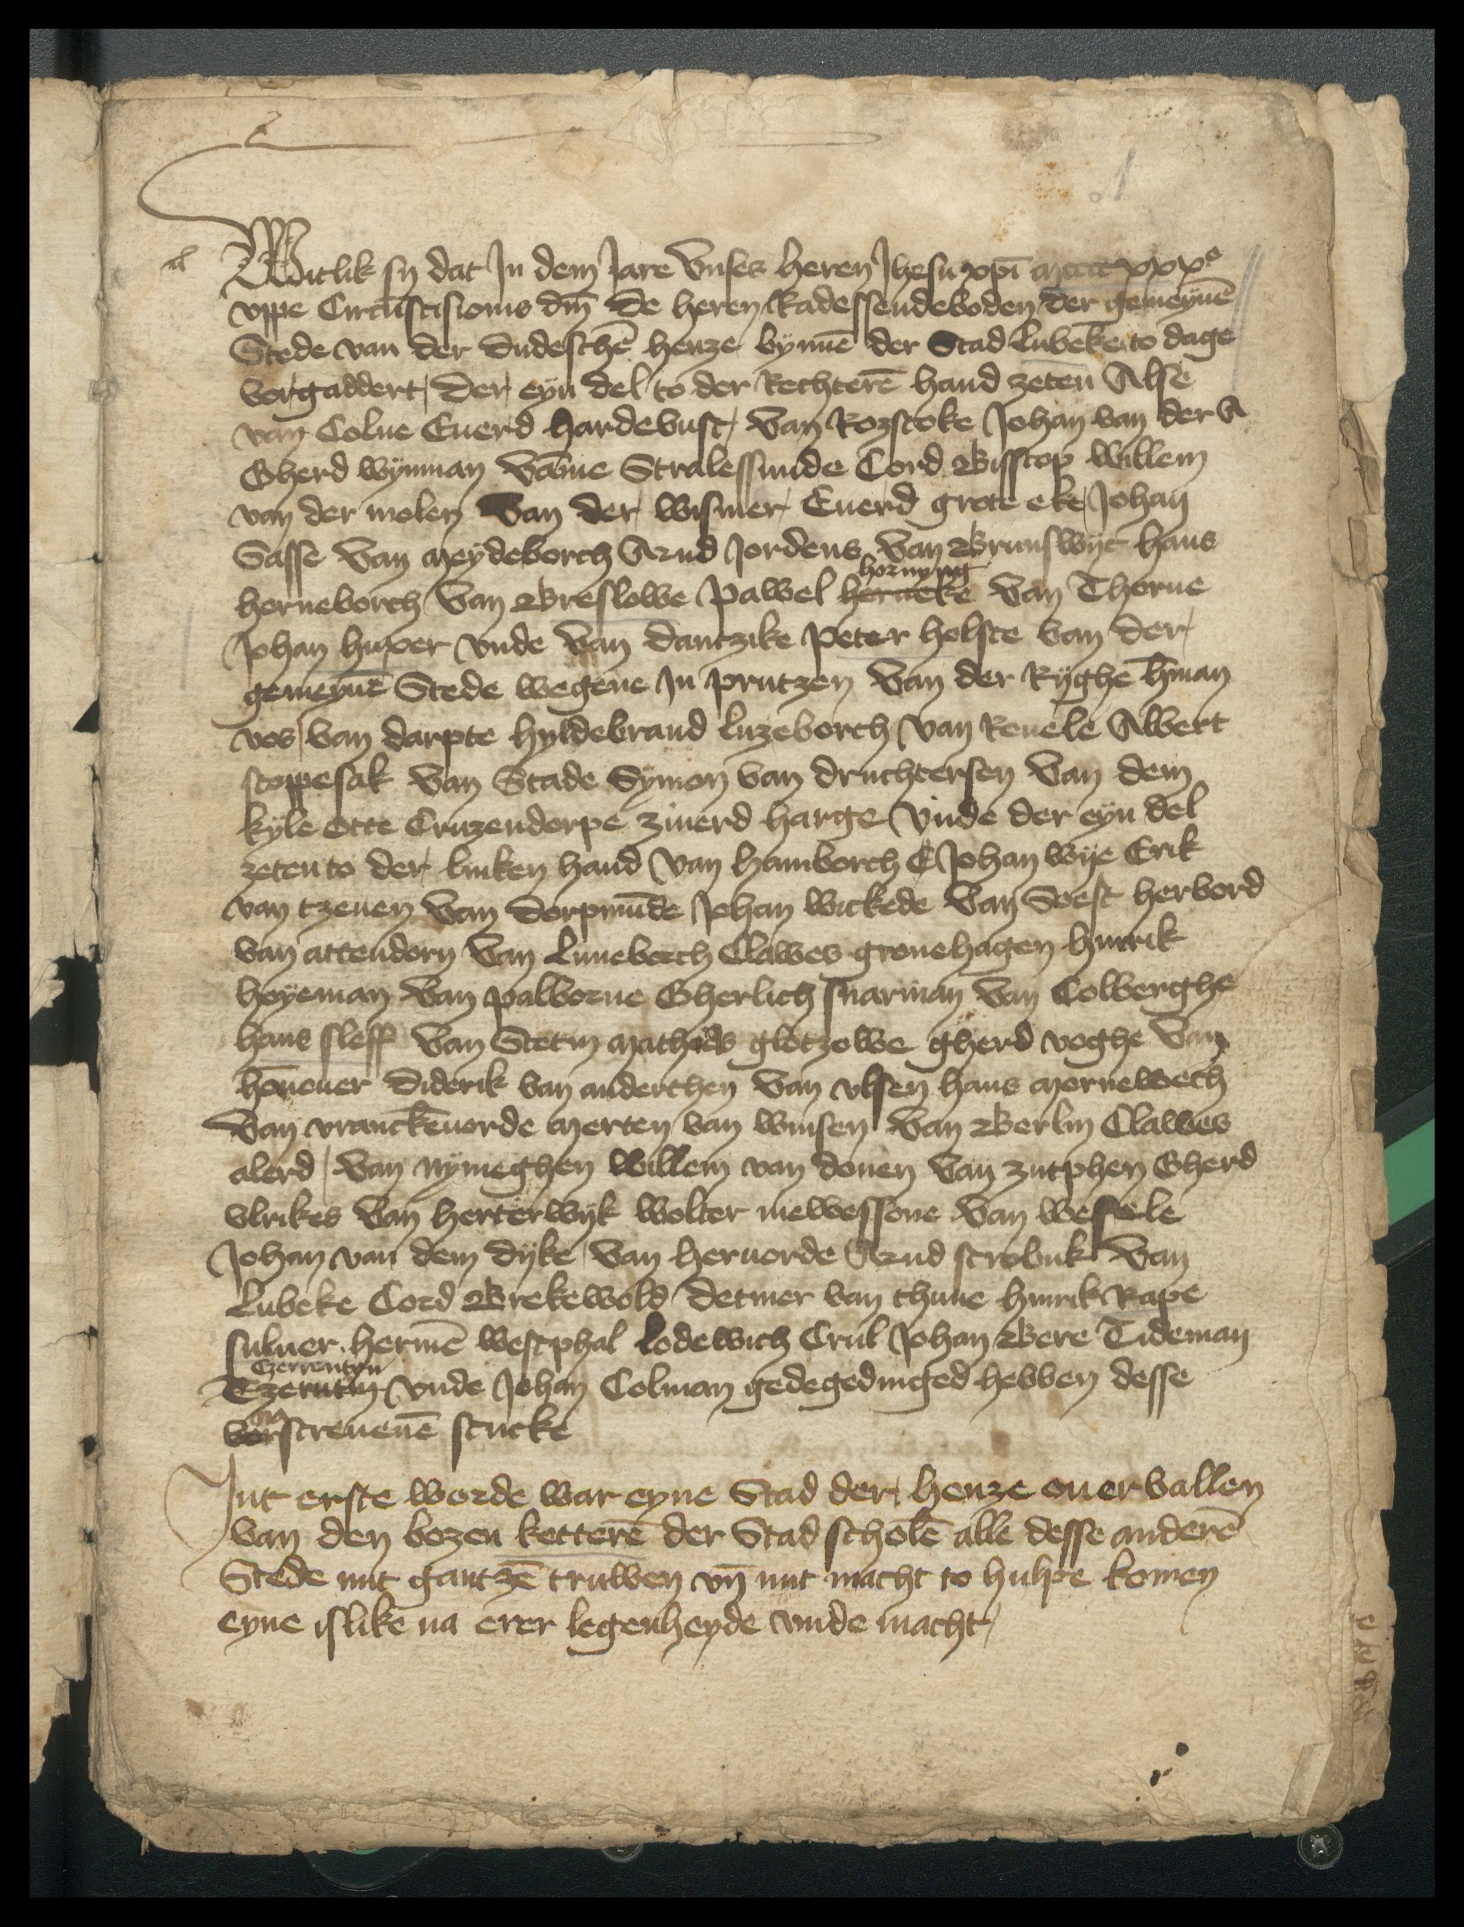
Witlik sy das In dem Iare Vnses Heren Ihesu christi  mccccxxxo
vppe Circumscisionis domini de heren Radessendeboden der gemeynen
Stede van der dudeschen Henze bynnen der Stad Lubeke to dage
vorgaddert, der eyn del to der Rechteren Hand zeten Alse
van Colne Euerd Hardebusc, Van Rozstoke Johan van der A
Gherd Wijnman Vamme Stralessunde Cord Bisscop Willem
van der molen Van der Wismer, Euerd grote eke, Johan
Sasse Van Meydeborch Arnd Jordens Van Brunswyc Hans
Hornyng
Horneborch Van Breslowe Pawel Herneke Van Thorne
Johan Huper vnde Van Dantzike Peter Holste van der
gemeynen Stede wegene In Prutzen Van der Ryghe Herman
Vos, van Darpte Hyldebrand Luzeborch van Reuele Albert
Scoppesak Van Stade Symon van Druchtersen Van dem
Kyle Otte Cruzendorpe Ziuerd Harge Vnde der eyn del
zeten to der, linken hand van Hamborch E Johan Wyc Erik
van Tzeuen Van Dorpmunde Johan Wickede Van Soest Herbord
van Attendorn Van Luneborch Clawes Gronehagen Hinrick
Hoyeman Van Palborne Gherlich Suarman Van Colberghe
Hanse Sleff Van Stetin Mathias Glotzowe Gherd Voghe Van
Honnouer Diderik van Anderthen Van Vlsen Hans Mornewech
Van Vranckenuorde Mertan van Winsen Van Berlin Clawes
Alerd, Van Nymeghen Willem van Douen Van Zutphen Gherd
Vlrikes Van Herterwyk Wolter Mewessone Van Wesele
Johan van dem Dyke, Van Heruorde Arnd Scrobuk Van
Lubeke Cord Brekewold Detmer van Thune Hinrik Rape
suluer Hermen Westphal Lodewich Crul Johan Bere Tideman
Czernentyn
Tzerutin vnde Johan Colman gedegedinged hebben desse
na
vorscreuenen stucke

Int erste worde war eyne Stad der, Henze ouervallen
van den bozen ketteren der Stad scholen alle desse anderen
Stede mit gantzen truwen vnde mit macht to hulpe komen
eyne islike na erer legenheyde vnde macht,